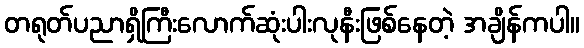
တရုတ်ပညာရှိကြီးလောက်ဆုံးပါးလုနီးဖြစ်နေတဲ့ အချိန်ကပါ။